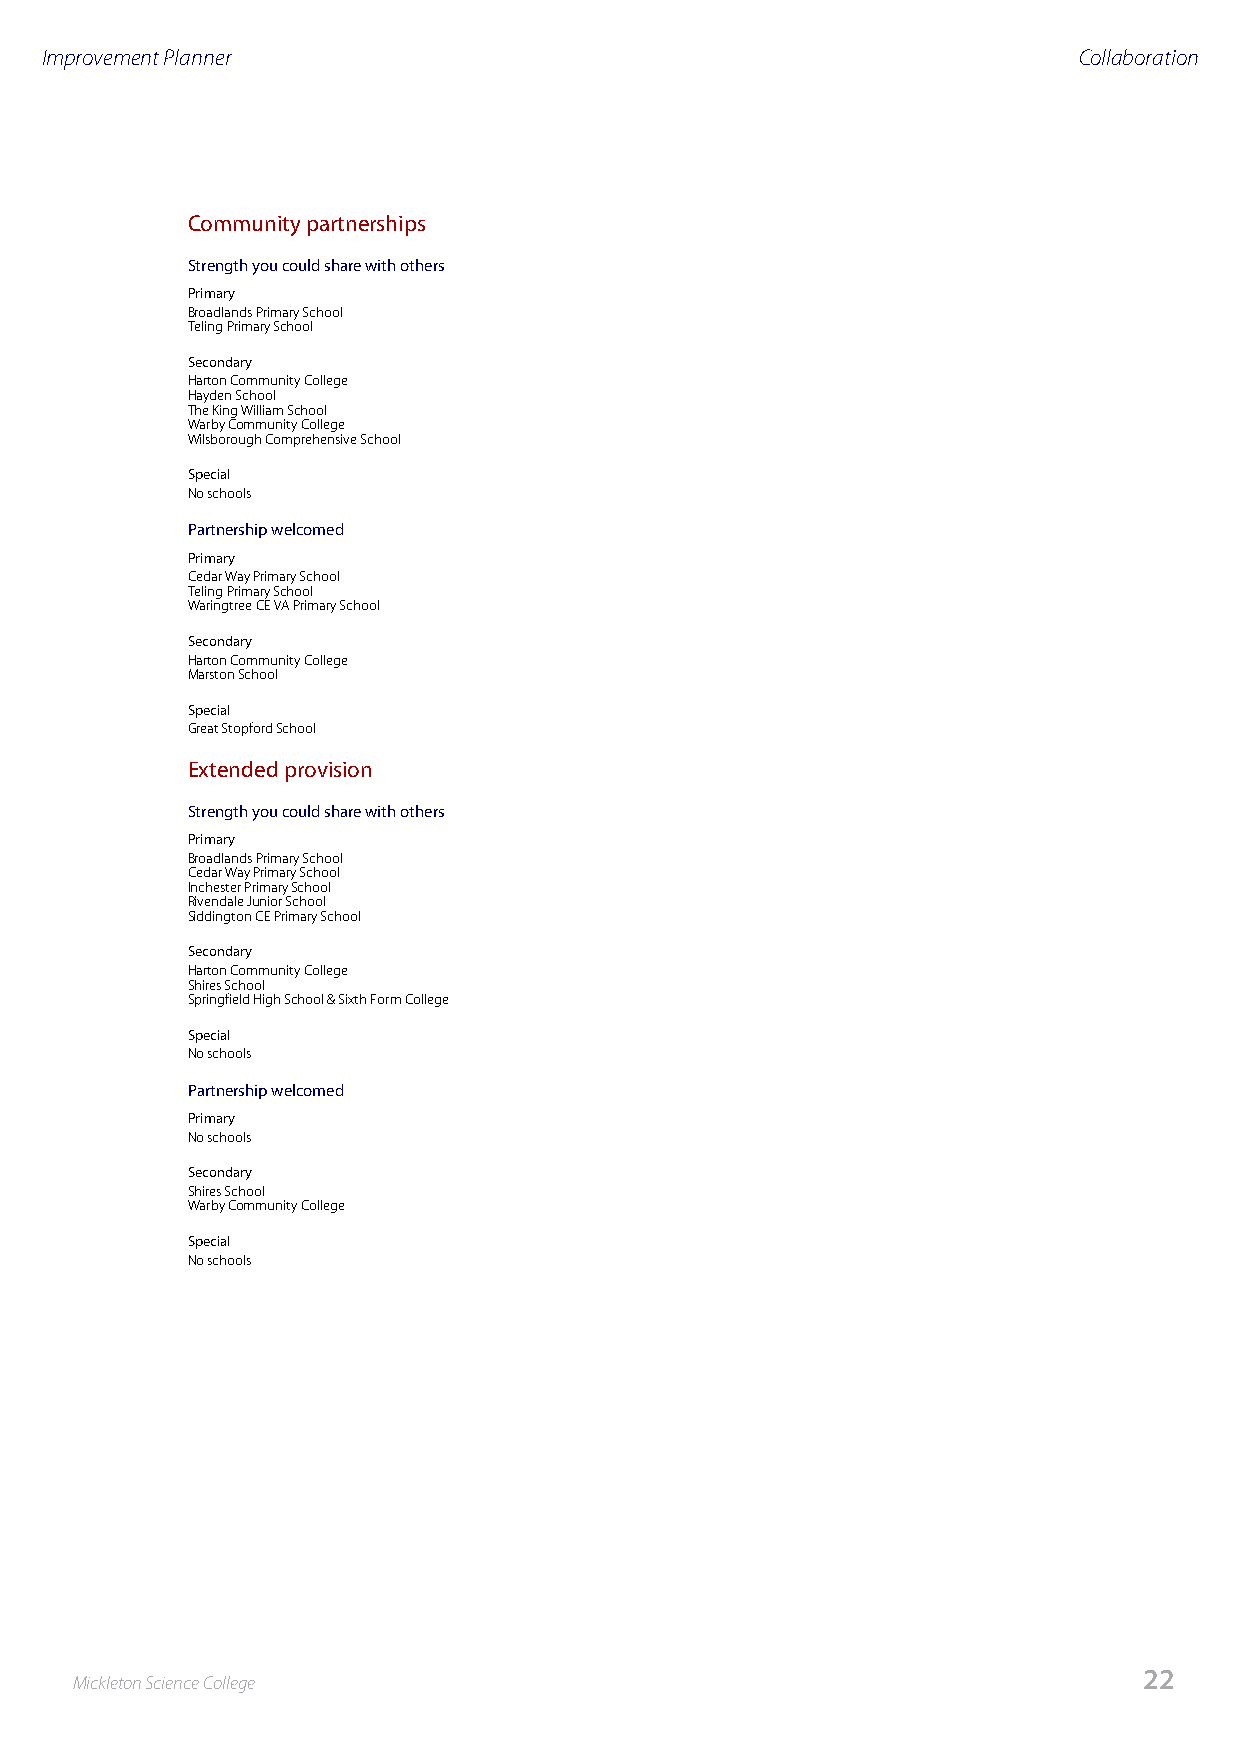
Improvement Planner                                                 Collaboration
 Community partnerships
 Strength you could share with others
 Primary
 Broadlands Primary School
 Teling Primary School
 Secondary
 Harton Community College
 Hayden School
 The King William School
 Warby Community College
 Wilsborough Comprehensive School
 Special
 No schools
 Partnership welcomed
 Primary
 Cedar Way Primary School
 Teling Primary School
 Waringtree CE VA Primary School
 Secondary
 Harton Community College
 Marston School
 Special
 Great Stopford School
 Extended provision
 Strength you could share with others
 Primary
 Broadlands Primary School
 Cedar Way Primary School
 Inchester Primary School
 Rivendale Junior School
 Siddington CE Primary School
 Secondary
 Harton Community College
 Shires School
 Springfield High School & Sixth Form College
 Special
 No schools
 Partnership welcomed
 Primary
 No schools
 Secondary
 Shires School
 Warby Community College
 Special
 No schools
 22
 Mickleton Science College